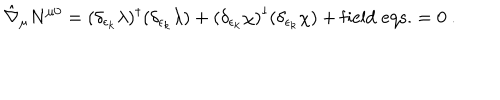
\hat { \nabla } _ { \mu } N ^ { \mu 0 } = ( { \delta _ { \epsilon _ { k } } \lambda } ) ^ { \dagger } ( \delta _ { \epsilon _ { k } } \lambda ) + ( { \delta _ { \epsilon _ { k } } \chi } ) ^ { \dagger } ( \delta _ { \epsilon _ { k } } \chi ) + \mathrm { f i e l d \; e q s . } = 0 \ .